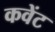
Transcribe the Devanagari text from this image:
कवेंट